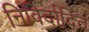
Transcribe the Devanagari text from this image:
निविर्दादित